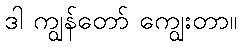
ဒါ ကျွန်တော် ကျွေးတာ။